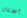
أطنان